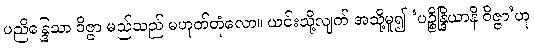
ပညိန္ဒြေသာ ဝိဇ္ဇာ မည်သည် မဟုတ်တုံလော။ ယင်းသို့လျက် အသို့မူ၍ ‘ပဉ္စိန္ဒြိယာနိ ဝိဇ္ဇာ’ဟု